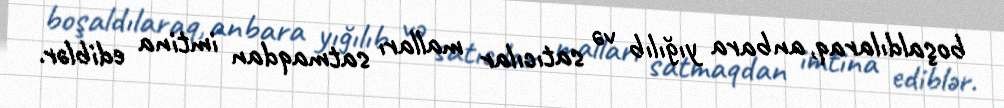
boşaldılaraq, anbara yığılıb və satıcılar malları satmaqdan imtina ediblər.